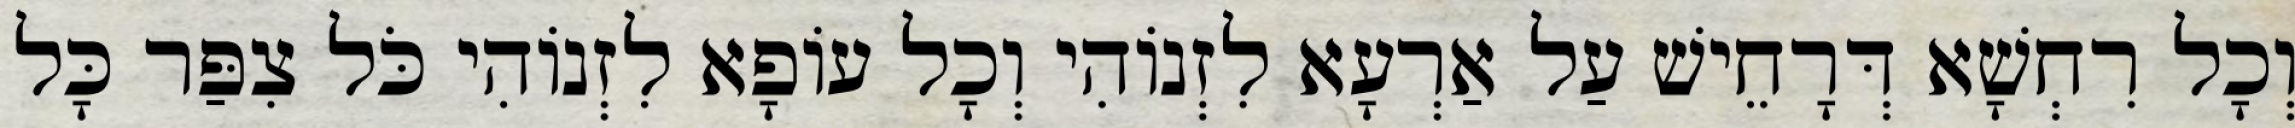
וְכָל רִחְשָׁא דְּרָחֵישׁ עַל אַרְעָא לִזְנוֹהִי וְכָל עוֹפָא לִזְנוֹהִי כֹּל צִפַּר כָּל